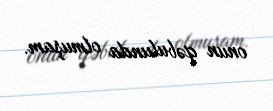
onun qəbulunda olmuşam.